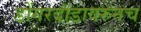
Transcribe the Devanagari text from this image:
डोंगरदांडावरुनच